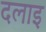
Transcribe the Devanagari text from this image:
दलाइ